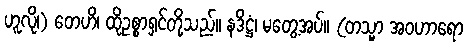
ဟူလို၊) တေဟိ၊ ထိုဥစ္စာရှင်တို့သည်။ နဒိဋ္ဌံ၊ မတွေ့အပ်။ (တသ္မာ အဝဟာရော